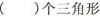
( )个三角形